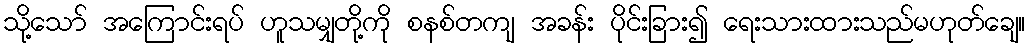
သို့သော် အကြောင်းရပ် ဟူသမျှတို့ကို စနစ်တကျ အခန်း ပိုင်းခြား၍ ရေးသားထားသည်မဟုတ်ချေ။